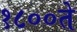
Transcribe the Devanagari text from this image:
१८००ते